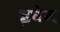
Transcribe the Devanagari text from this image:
इघेम